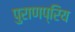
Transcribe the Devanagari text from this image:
पुराणप्रिय